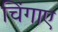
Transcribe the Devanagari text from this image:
चिंगाए